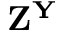
\mathbf { Z ^ { Y } }